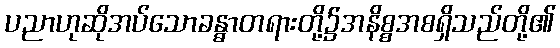
ပညာဟုဆိုအပ်သောခန္ဓာတရားတို့၌အနိစ္စအစရှိသည်တို့၏